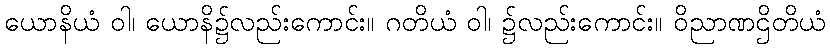
ယောနိယံ ဝါ၊ ယောနိ၌လည်းကောင်း။ ဂတိယံ ဝါ၊ ၌လည်းကောင်း။ ဝိညာဏဌိတိယံ